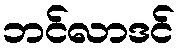
ဘင်လာဒင်